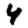
Digit: 4